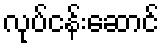
လုပ်ငန်းဆောင်